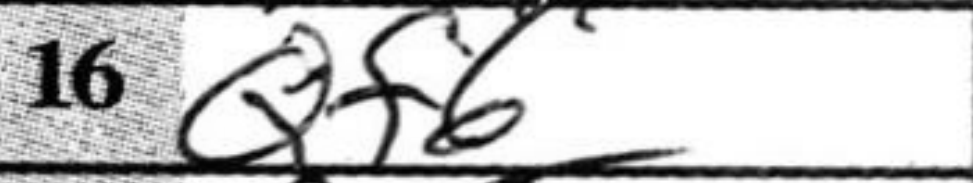
Transcription: Qf6